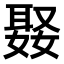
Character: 𭒒